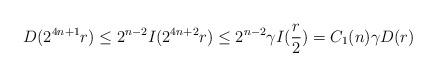
LaTeX: \begin{align*}D(2^{4n+ 1}r)\leq 2^{n- 2} I(2^{4n+ 2}r)\leq 2^{n -2}\gamma I(\frac{r}{2})= C_1(n)\gamma D(r) \end{align*}